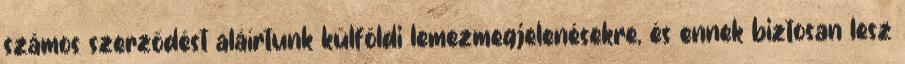
számos szerződést aláírtunk külföldi lemezmegjelenésekre, és ennek biztosan lesz